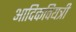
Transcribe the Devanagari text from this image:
आदिकवियत्री